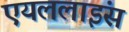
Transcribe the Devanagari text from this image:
एयललाइंस